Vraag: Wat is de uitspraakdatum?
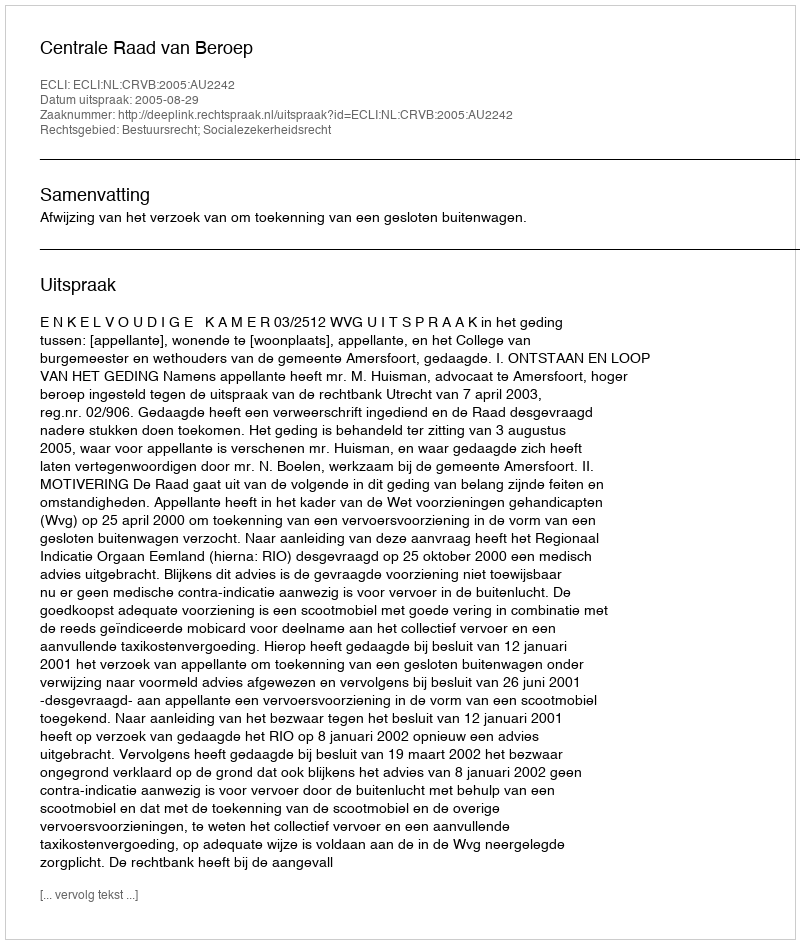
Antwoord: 2005-08-29